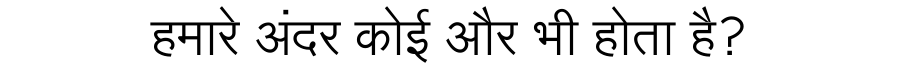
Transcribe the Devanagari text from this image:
हमारे अंदर कोई और भी होता है?